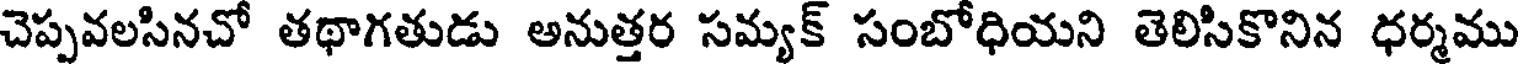
చెప్పవలసినచో తథాగతుడు అనుత్తర సమ్యక్ సంబోధియని తెలిసికొనిన ధర్మము